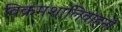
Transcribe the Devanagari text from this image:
विक्रमशालिवाहनौ